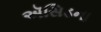
ઍસિડના